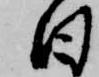
日